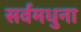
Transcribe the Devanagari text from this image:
सर्वमधुना